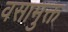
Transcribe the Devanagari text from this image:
वसामुक्त